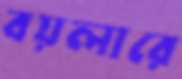
বয়লারে